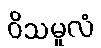
ဝိသမူလံ